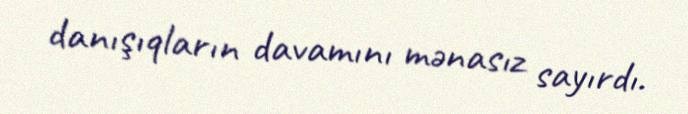
danışıqların davamını mənasız sayırdı.